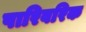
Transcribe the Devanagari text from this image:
पारिवरिक